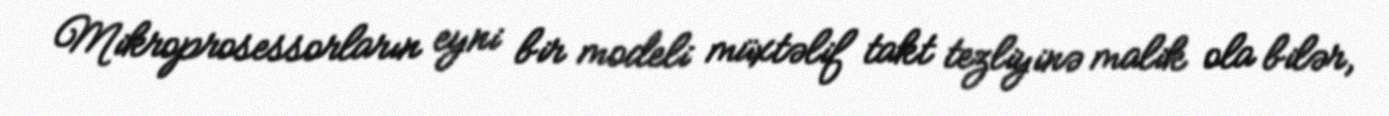
Mikroprosessorların eyni bir modeli müxtəlif takt tezliyinə malik ola bilər,